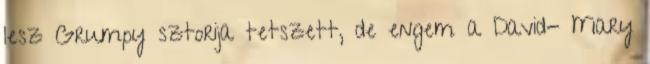
lesz Grumpy sztorija tetszett, de engem a David- Mary